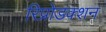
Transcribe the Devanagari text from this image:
रिप्रोडक्शन